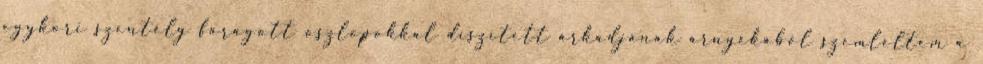
egykori szentély faragott oszlopokkal díszített árkádjának árnyékából szemléltem a